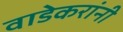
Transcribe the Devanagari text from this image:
वाडेकरांनी